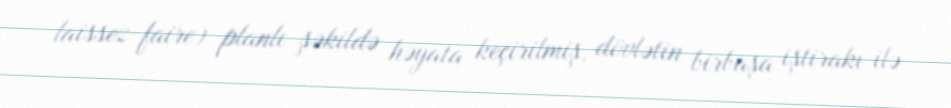
laissez-faire) planlı şəkildə həyata keçirilmiş, dövlətin birbaşa iştirakı ilə